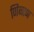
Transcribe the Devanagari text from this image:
णिव्वाण